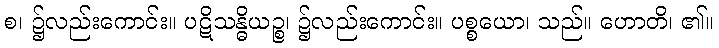
စ၊ ၌လည်းကောင်း။ ပဋိသန္ဓိယဉ္စ၊ ၌လည်းကောင်း။ ပစ္စယော၊ သည်။ ဟောတိ၊ ၏။